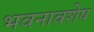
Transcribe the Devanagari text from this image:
भवनावशेष